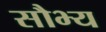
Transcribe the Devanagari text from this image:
सौभ्य